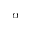
\alpha